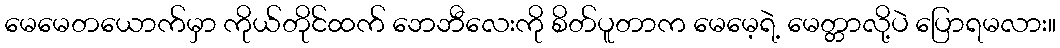
မေမေတယောက်မှာ ကိုယ်တိုင်ထက် ဘေဘီလေးကို စိတ်ပူတာက မေမေ့ရဲ့ မေတ္တာလို့ပဲ ပြောရမလား။